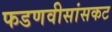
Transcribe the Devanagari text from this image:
फडणवीसांसकट